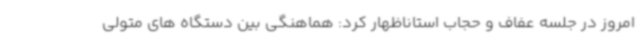
امروز در جلسه عفاف و حجاب استاناظهار کرد: هماهنگی بین دستگاه های متولی